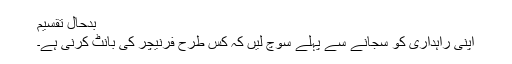
بدحال تقسیم
اپنی راہداری کو سجانے سے پہلے سوچ لیں کہ کس طرح فرنیچر کی بانٹ کرنی ہے۔